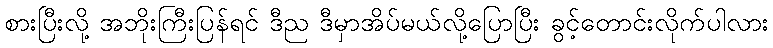
စားပြီးလို့ အဘိုးကြီးပြန်ရင် ဒီည ဒီမှာအိပ်မယ်လို့ပြောပြီး ခွင့်တောင်းလိုက်ပါလား